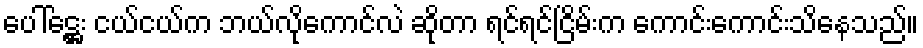
ပေါ်ဋ္ဌေး ငယ်ငယ်က ဘယ်လိုကောင်လဲ ဆိုတာ ရင်ရင်ငြိမ်းက ကောင်းကောင်းသိနေသည်။